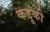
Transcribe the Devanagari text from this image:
कद्दूकी